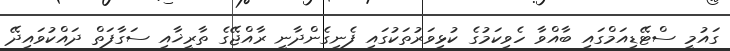
ގައުމީ ސްޓޭޑިއަމްގައި ބާއްވާ ހެވިކަމުގެ ކުޅިވަރުތަކުގައި ފެނިގެންދާނީ ރާއްޖޭގެ ތާރީޚާއި ސަގާފަތް ދައްކުވައިދޭ